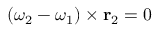
( { \boldsymbol { \omega } } _ { 2 } - { \boldsymbol { \omega } } _ { 1 } ) \times \mathbf { r } _ { 2 } = 0